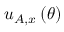
u _ { A , x } \left( \theta \right)